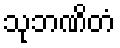
သုဘဏိတံ